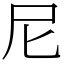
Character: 尼